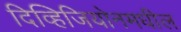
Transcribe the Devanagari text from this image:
दिव्हिजियोनमधील